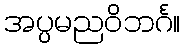
အပ္ပမညဝိဘင်္ဂ။